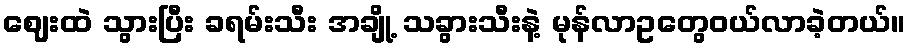
ဈေးထဲ သွားပြီး ခရမ်းသီး အချို့ သခွားသီးနဲ့ မုန်လာဥတွေဝယ်လာခဲ့တယ်။